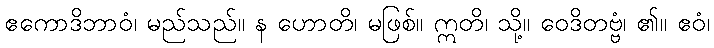
ဧကောဒိဘာဝံ၊ မည်သည်။ န ဟောတိ၊ မဖြစ်။ ဣတိ၊ သို့။ ဝေဒိတဗ္ဗံ၊ ၏။ ဧဝံ၊